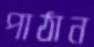
পাঠান